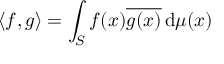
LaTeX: \langle f , g \rangle = \int _ { S } f ( x ) { \overline { { g ( x ) } } } \, \mathrm { d } \mu ( x )